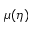
\mu ( \eta )